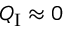
Q _ { \mathrm { I } } \approx 0